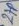
Text: 2TP